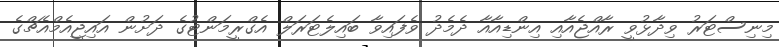
މިނިސްޓަރު ވިދާޅުވީ ރާއްޖެއާއި އިންޑިއާއާ ދެމެދު ވެފައިވާ ބައިލެޓަރަލް އެގްރީމަންޓުގެ ދަށުން އައިޖީއެމްއެޗްގެ